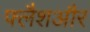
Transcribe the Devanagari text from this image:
फ्लैशऔर